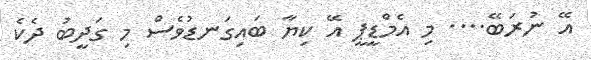
އޭ ނުރަބޭ.... މި އެމްޑީޕީ އޭ ކިޔާ ބައިގަނޑުވެސް މި ގަދީބު ދެކެ